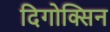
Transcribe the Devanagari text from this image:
दिगोक्सिन